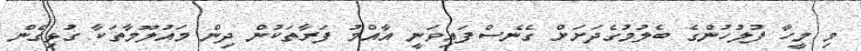
މި މީހާ ފުލުހުންގެ ބެލުމުގެދަށަށް ގެނެސްފައިވަނީ އާއްމު ފަރާތަކުން ދިން މައުލޫމާތަކާ ގުޅިގެން